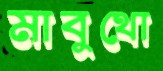
মাবুথো